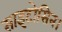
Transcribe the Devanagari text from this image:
साइटोसिन।